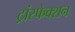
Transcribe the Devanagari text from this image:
ट्रांस्फेक्शन